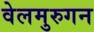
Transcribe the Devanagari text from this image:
वेलमुरुगन